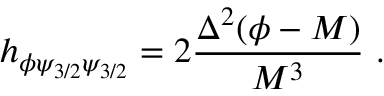
h _ { \phi \psi _ { 3 / 2 } \psi _ { 3 / 2 } } = 2 \frac { \Delta ^ { 2 } ( \phi - M ) } { M ^ { 3 } } \ .